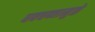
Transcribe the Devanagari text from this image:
धबधब्यामुळे